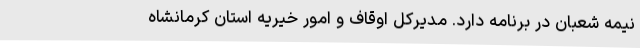
نیمه شعبان در برنامه دارد. مدیرکل اوقاف و امور خیریه استان کرمانشاه